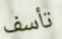
تأسف